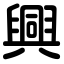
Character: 興